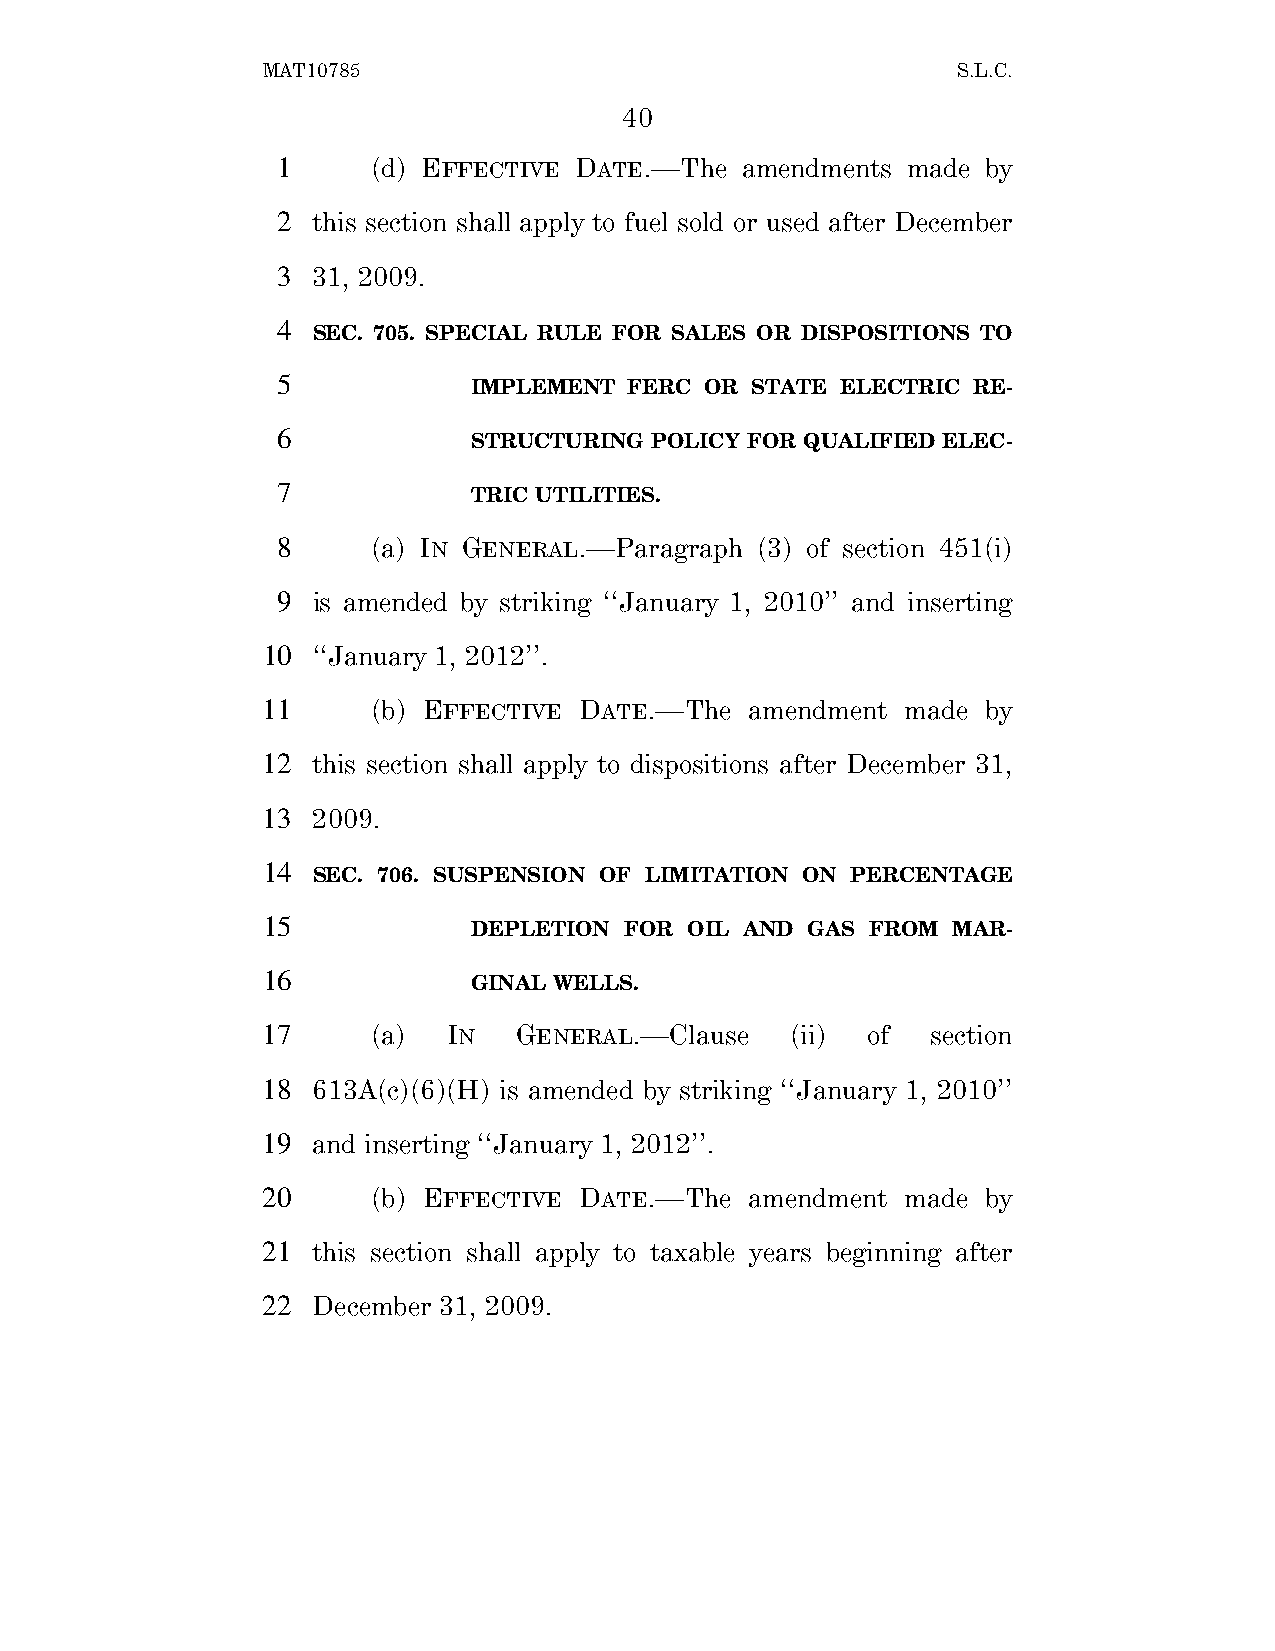
MAT10785                                      S.L.C.
 40
 1      (d) EFFECTIVE DATE.—The amendments made by
 2  this section shall apply to fuel sold or used after December
 3  31, 2009.
 4
 SEC. 705. SPECIAL RULE FOR SALES OR DISPOSITIONS TO
 5
 IMPLEMENT  FERC OR STATE ELECTRIC RE-
 6
 STRUCTURING POLICY FOR QUALIFIED ELEC-
 7
 TRIC UTILITIES.
 8      (a) IN GENERAL.—Paragraph (3) of section 451(i)
 9  is amended by striking ‘‘January 1, 2010’’ and inserting
 10  ‘‘January 1, 2012’’.
 11      (b) EFFECTIVE DATE.—The  amendment made by
 12  this section shall apply to dispositions after December 31,
 13  2009.
 14
 SEC. 706. SUSPENSION OF LIMITATION ON PERCENTAGE
 15
 DEPLETION FOR OIL AND GAS  FROM MAR-
 16
 GINAL WELLS.
 17      (a)  IN  GENERAL.—Clause   (ii) of   section
 18  613A(c)(6)(H) is amended by striking ‘‘January 1, 2010’’
 19  and inserting ‘‘January 1, 2012’’.
 20      (b) EFFECTIVE DATE.—The  amendment made by
 21  this section shall apply to taxable years beginning after
 22  December 31, 2009.